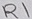
Text: R1